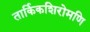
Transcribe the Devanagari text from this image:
तार्किकशिरोमणि